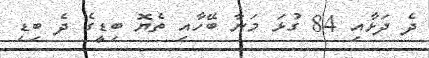
ދެ ދަޅާއި 84 ގުޅަ މަނާ ބޭހާއި ތެޔޮ ބިޑީގެ ދެ ބިޑި